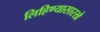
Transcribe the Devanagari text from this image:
लिहिण्यासारखे